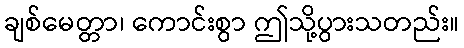
ချစ်မေတ္တာ၊ ကောင်းစွာ ဤသို့ပွားသတည်း။